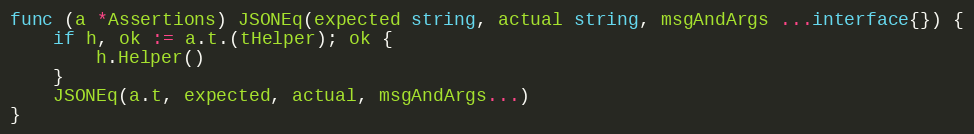
Language: Go
func (a *Assertions) JSONEq(expected string, actual string, msgAndArgs ...interface{}) {
	if h, ok := a.t.(tHelper); ok {
		h.Helper()
	}
	JSONEq(a.t, expected, actual, msgAndArgs...)
}